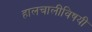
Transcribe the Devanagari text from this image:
हालचालींविषयी